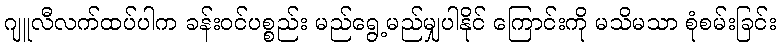
ဂျူလီလက်ထပ်ပါက ခန်းဝင်ပစ္စည်း မည်ရွေ့မည်မျှပါနိုင် ကြောင်းကို မသိမသာ စုံစမ်းခြင်း